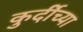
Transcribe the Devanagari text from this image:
कुर्दीच्या